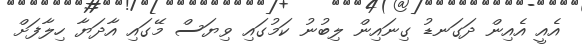
އެއީ އެއިން ދަގަނޑު ގިނައިން ލިބުނު ކަމުގައި ވިޔަސް މޭގައި އާދަޔާ ހިލާފަށް